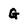
Character: G